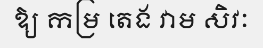
ឱ្យ កម្រ តេង វាម សិវៈ